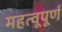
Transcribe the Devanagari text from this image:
महत्वूपूर्ण